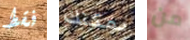
فقط يمكنك من